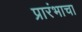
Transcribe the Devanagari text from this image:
प्रारंभाचा